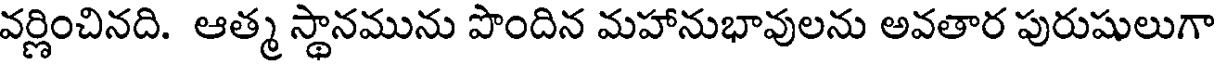
వర్ణించినది. ఆత్మ స్థానమును పొందిన మహానుభావులను అవతార పురుషులుగా